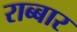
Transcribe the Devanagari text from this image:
राब्बार